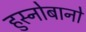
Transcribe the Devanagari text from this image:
हुस्नोबानो